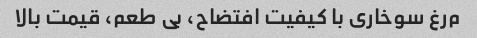
م‌رغ سوخاری با کیفیت افتضاح، بی طعم، قیمت بالا